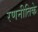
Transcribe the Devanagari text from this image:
रणनीतिके